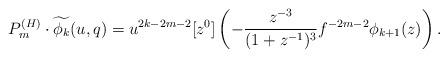
LaTeX: \begin{align*}P_m^{(H)} \cdot \widetilde{\phi_k}(u,q)&=u^{2k-2m-2}[z^0]\left( -\frac{z^{-3}}{(1+z^{-1})^3}f^{-2m-2} \phi_{k+1}(z)\right).\end{align*}